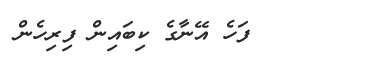
٣٩      ފަހެ އޭނާގެ ކިބައިން ފިރިހެން